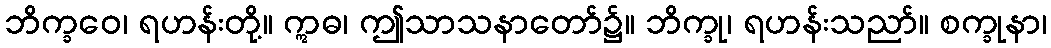
ဘိက္ခဝေ၊ ရဟန်းတို့။ ဣဓ၊ ဤသာသနာတော်၌။ ဘိက္ခု၊ ရဟန်းသညာ်။ စက္ခုနာ၊